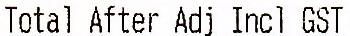
TOTAL AFTER ADJ INCL GST